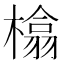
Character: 㯓